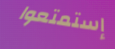
إستمتعوا